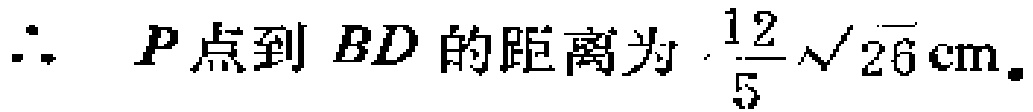
$\therefore\ P点到BD的距离为\ \frac{12}{5}\sqrt{26}\text{cm}。$